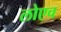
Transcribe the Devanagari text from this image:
लोएच